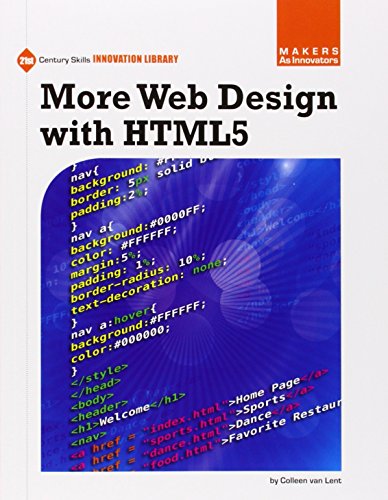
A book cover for More Web Design With HTML5 (21st Century Skills Innovation Library: Makers As Innovators); Colleen Van Lent; Children's Books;